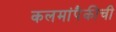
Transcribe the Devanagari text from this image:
कलमांपैकीची